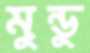
মুন্ডু